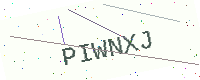
Text: PIWNXJ